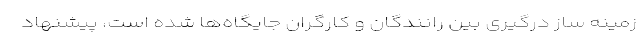
زمینه ساز درگیری بین رانندگان و کارگران جایگاه‌ها شده است، پیشنهاد